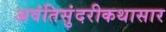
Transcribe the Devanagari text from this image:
अवंतिसुंदरीकथासार